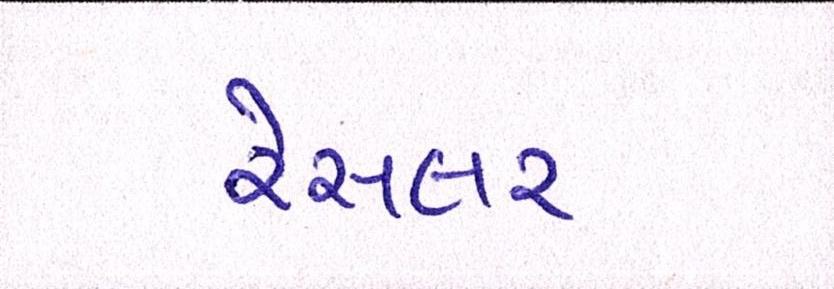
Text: રેસલર